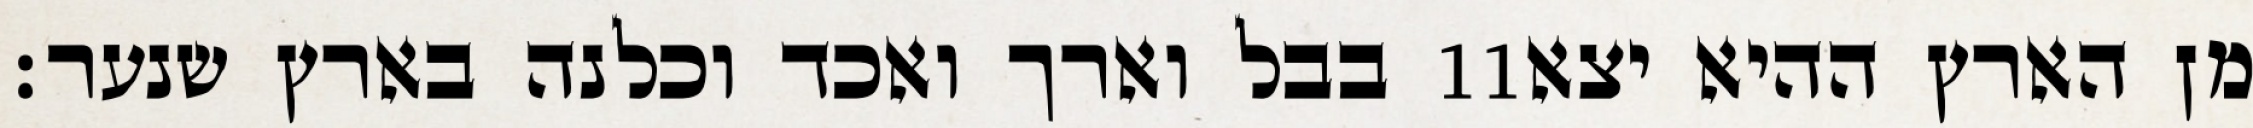
בבל וארך ואכד וכלנה בארץ שנער׃ ‎11‏ מן הארץ ההיא יצא